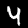
Digit: 4